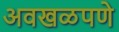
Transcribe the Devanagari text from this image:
अवखळपणे